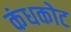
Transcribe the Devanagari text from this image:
कंधकोट